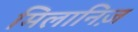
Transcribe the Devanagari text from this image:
मिलानिज़